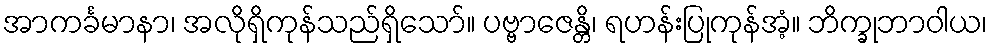
အာကင်္ခမာနာ၊ အလိုရှိကုန်သည်ရှိသော်။ ပဗ္ဗာဇေန္တိ၊ ရဟန်းပြုကုန်အံ့။ ဘိက္ခုဘာဝါယ၊